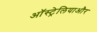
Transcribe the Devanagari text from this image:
ऑस्ट्रेलियाऔर